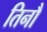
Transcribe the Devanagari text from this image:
तिनौ